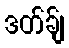
ဒတ်ခ်ျ